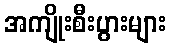
အကျိုးစီးပွားများ